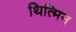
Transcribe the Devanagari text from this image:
थित्मिन